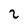
Character: 2